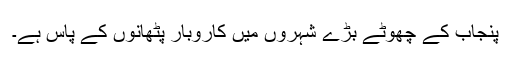
پنجاب کے چھوٹے بڑے شہروں میں کاروبار پٹھانوں کے پاس ہے۔